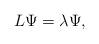
LaTeX: \begin{align*} L\Psi=\lambda\Psi, \end{align*}